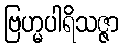
ဗြဟ္မပါရိသဇ္ဇာ